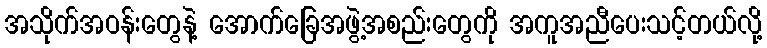
အသိုက်အဝန်းတွေနဲ့ အောက်ခြေအဖွဲ့အစည်းတွေကို အကူအညီပေးသင့်တယ်လို့